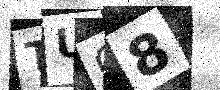
Text: TUO8